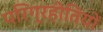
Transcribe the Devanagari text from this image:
परिग्रहीतियों